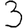
Digit: 3